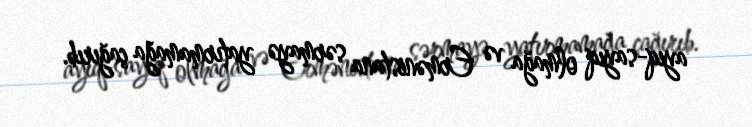
ayıq-sayıq olmağa və Ermənistana sərmayə yatırmamağa çağırıb.